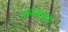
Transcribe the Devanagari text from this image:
अहमदाला